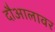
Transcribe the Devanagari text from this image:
दौआलावर